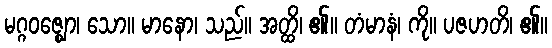
မဂ္ဂဝဇ္ဈော၊ သော။ မာနော၊ သည်။ အတ္ထိ၊ ၏။ တံမာနံ၊ ကို။ ပဇဟတိ၊ ၏။